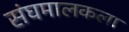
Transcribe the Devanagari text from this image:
संघमालकला